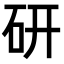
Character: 研